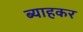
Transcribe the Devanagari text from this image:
ब्याहकर